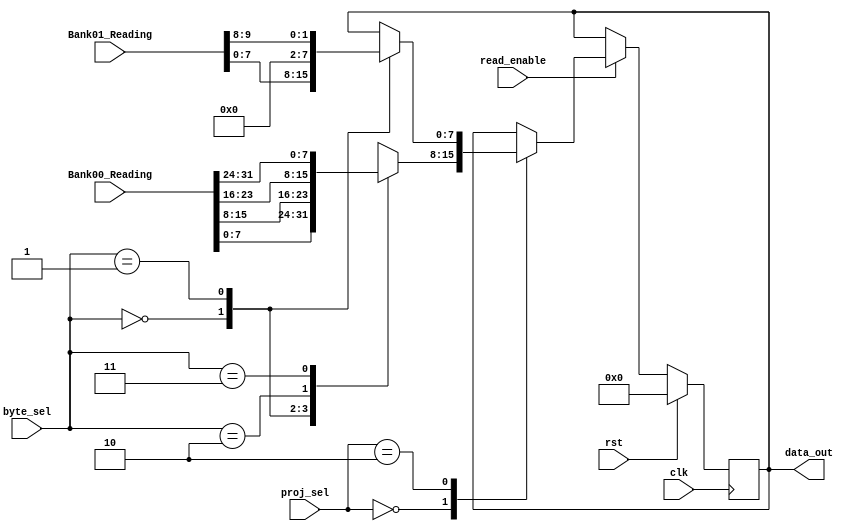
// This program was cloned from: https://github.com/LiamOswald/IMPACT_Custom_SRAM_03
// License: Apache License 2.0

//////////////////////////////////////////////////////////////////////////////////
// Company: 
// Engineer: 
// 
// Design Name: 
// Module Name: OneBankMux
// Project Name: 
// Target Devices: 
// Tool Versions: 
// Description: 
// 
// Dependencies: 
// 
// Revision:
// Revision 0.01 - File Created
// Additional Comments:
// 
//////////////////////////////////////////////////////////////////////////////////


module OutBankMux(
    input clk,
    input rst,
    input read_enable,
    input [31:0] Bank00_Reading,
    input [9:0] Bank01_Reading,
    input [1:0] byte_sel,
    input [1:0] proj_sel,
    output reg [7:0] data_out
);

    always@(posedge clk) begin
        if (rst) data_out <= 0;
        else if (read_enable) begin
            case(proj_sel)
                2'b00:     
                    case (byte_sel)
                        2'b00: data_out <= Bank00_Reading[7:0];
                        2'b01: data_out <= Bank00_Reading[15:8];
                        2'b10: data_out <= Bank00_Reading[23:16];
                        2'b11: data_out <= Bank00_Reading[31:24];
                    endcase
                2'b10:
                    case (byte_sel)
                        2'b00: data_out <= Bank01_Reading[7:0];
                        2'b01: data_out <= {6'b000000, Bank01_Reading[9:8]};
                        default:  ;
                    endcase
                default: ;                
            endcase
        end
    end
endmodule